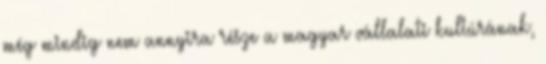
még mindig nem annyira része a magyar vállalati kultúrának,